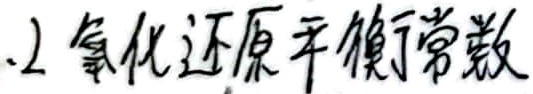
1.2 氧化还原平衡常数